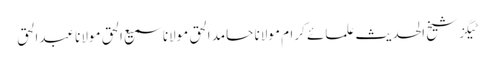
ٹیگزشیخ الحدیث علمائے کرام مولانا حامد الحق مولانا سمیع الحق مولانا عبدالحق